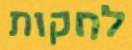
לחקות